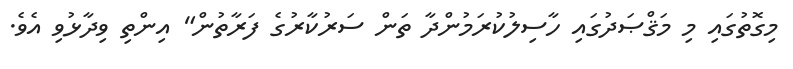
މިގޮތުގައި މި މަޤްޞަދުގައި ހާސިލުކުރަމުންދާ ތަން ސަރުކާރުގެ ފަރާތުން" އިންތި ވިދާޅުވި އެވެ.